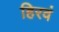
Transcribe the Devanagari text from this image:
हिरवं